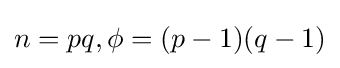
n=pq,\phi =(p-1)(q-1)